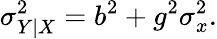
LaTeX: \sigma_{Y\mid X}^{2}=b^{2}+g^{2}\sigma_{x}^{2}.